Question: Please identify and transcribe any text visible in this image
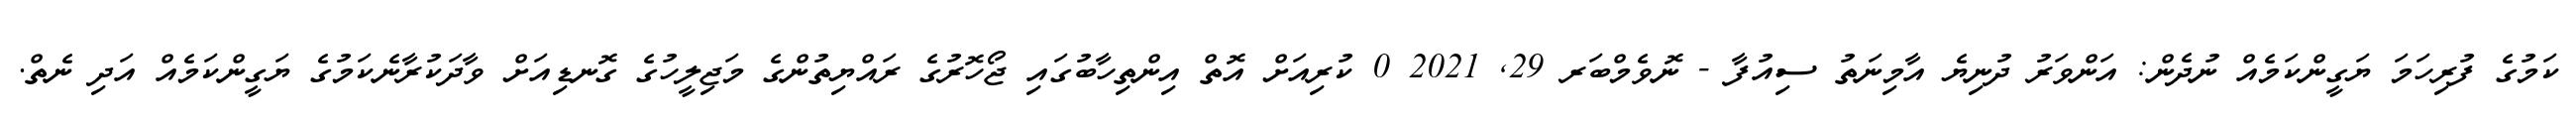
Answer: ކަމުގެ ފުރިހަމަ ޔަގީންކަމެއް ނުދެން: އަންވަރު ދުނިޔެ އާމިނަތު ސިއުފާ - ނޮވެމްބަރ 29, 2021 0 ކުރިއަށް އޮތް އިންތިހާބުގައި ޖޯހޮރުގެ ރައްޔިތުންގެ މަޖިލީހުގެ ގޮނޑިއަށް ވާދަކުރާނެކަމުގެ ޔަގީންކަމެއް އަދި ނެތް.